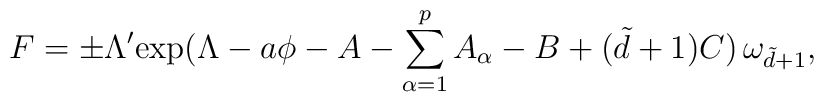
F = \pm \Lambda' \hbox{exp}( \Lambda - a \phi -A-\sum_{\alpha=1}^p A_{\alpha}-B + (\tilde{d}+1)C) \, \omega_{\tilde{d}+1},